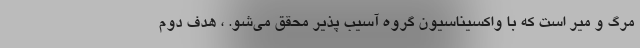
مرگ و میر است که با واکسیناسیون گروه آسیب پذیر محقق می‌شو. ، هدف دوم